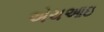
એચઆઇ